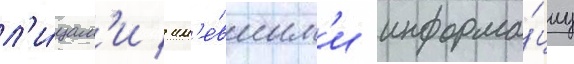
л'и́цам'и / им'е́вшим'и информа́циу